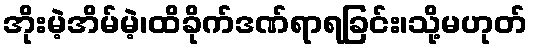
အိုးမဲ့အိမ်မဲ့၊ထိခိုက်ဒဏ်ရာရခြင်း၊သို့မဟုတ်